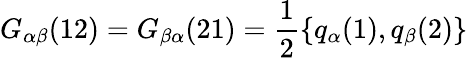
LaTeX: G_{\alpha\beta}(12)=G_{\beta\alpha}(21)=\frac{1}{2}\{ q_{\alpha}(1),q_{\beta}(2)\}